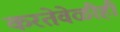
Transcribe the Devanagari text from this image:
करतेवेळीही